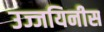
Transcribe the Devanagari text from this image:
उज्जयिनीस